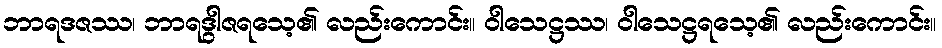
ဘာရဒဇဿ၊ ဘာရဒွါဇရသေ့၏ လည်းကောင်း။ ဝါသေဋ္ဌဿ၊ ဝါသေဋ္ဌရသေ့၏ လည်းကောင်း။